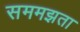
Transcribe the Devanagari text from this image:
सममझता